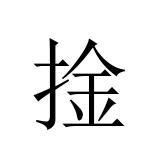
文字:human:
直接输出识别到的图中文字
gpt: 捦